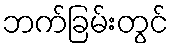
ဘက်ခြမ်းတွင်